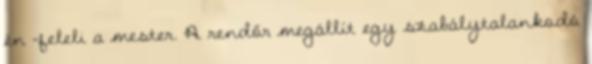
én -feleli a mester. A rendőr megállít egy szabálytalankodó